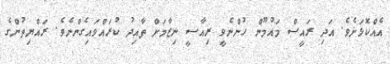
އެއްކޮޅަށެވެ. އަދި ރައީސް މައުމޫން ހުންނެވީ ރިއާސީ ނިޒާމަށް ތާއިދު ކުރައްވައިގެންނެވެ. ރައްޔިތުންގެ